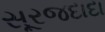
સૂરજદાદા